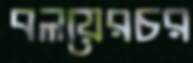
বলয়েরচর